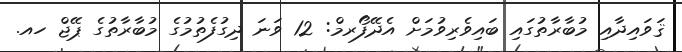
ޤަވައިދާއި މުބާރާތުގައި ބައިވެރިވުމަށް އެދޭފޯރމް: 12 ވަނަ ދިގުފެތުމުގެ މުބާރާތުގެ ޕޭޖް ހއ.